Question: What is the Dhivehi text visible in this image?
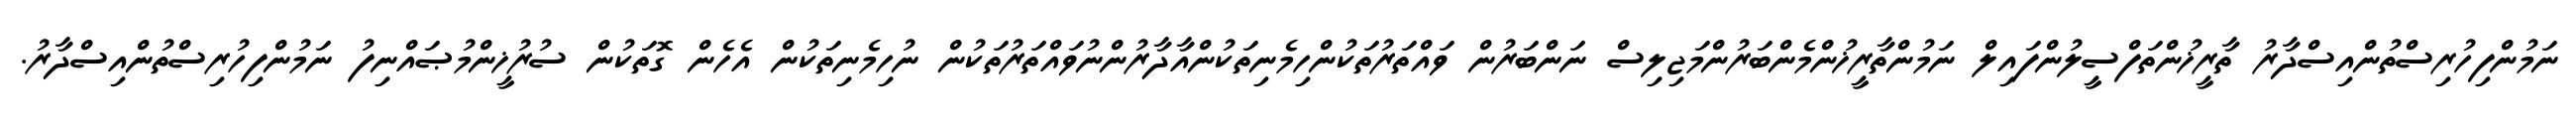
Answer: ނަމުންފިހުރިސްތުންއިސްދާރު ތާރީޚުންތަފްސީލުންފައިލް ނަމުންތާރީޚުންމެންބަރުންމަޖިލިސް ނަންބަރުން ވައްތަރުތަކުންހިމެނިތަކުންއާދާރުންނުވައްތަރުތަކުން ނުހިމެނިތަކުން އެހެން ގޮތަކުން ސުރުޚީންމުޞައްނިފު ނަމުންފިހުރިސްތުންއިސްދާރު.